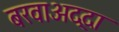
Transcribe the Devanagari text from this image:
बरवाअद्दा